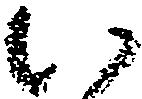
い